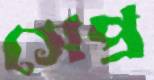
সেপ্র